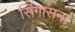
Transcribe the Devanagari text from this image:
सिंगासना